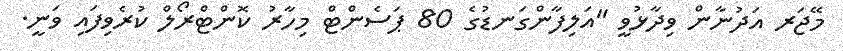
މޭޖަރ އަދުނާން ވިދާޅުވީ "އަލިފާންގަނޑުގެ 80 ޕަސެންޓް މިހާރު ކޮންޓްރޯލް ކުރެވިފައި ވަނީ.